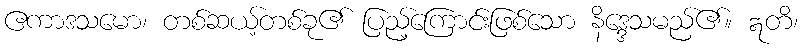
ဧကာဒသမော၊ တစ်ဆယ့်တစ်ခု၏ ပြည့်ကြောင်းဖြစ်သော နိဒ္ဒေသမည်၏။ ဣတိ၊